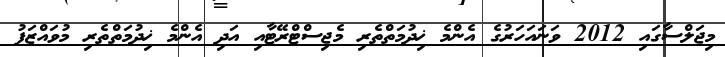
މިޖަލްސާގައި 2012 ވަނައަހަރުގެ އެންމެ ޚިދުމަތްތެރި މެޖިސްޓްރޭޓާއި އަދި އެންމެ ޚިދުމަތްތެރި މުވައްޒަފު